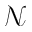
\mathcal { N }